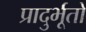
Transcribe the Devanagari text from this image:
प्रादुर्भूतो